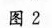
图2